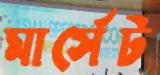
মার্সেট